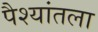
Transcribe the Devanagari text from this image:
पैश्‍यांतला